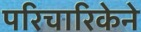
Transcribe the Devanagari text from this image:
परिचारिकेने